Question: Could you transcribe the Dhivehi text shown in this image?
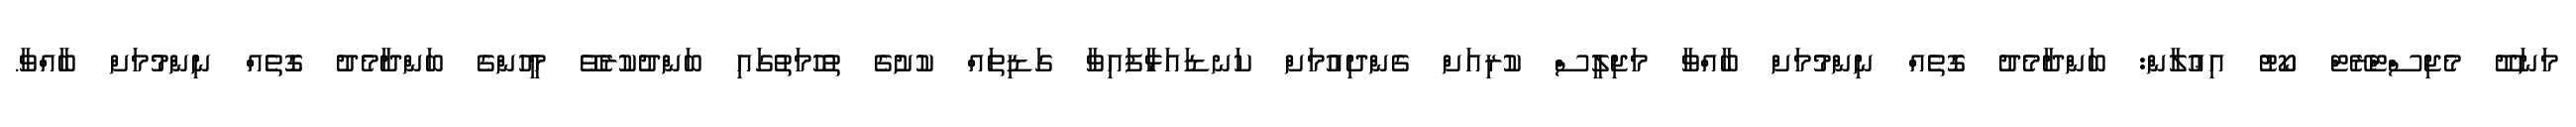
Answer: މަނަދޫ މެޖިސްޓްރޭޓް ކޯޓު އިޢުލާން: ބަންދާމެދު ގޮތެއް ނިންމުމަށް ބާއްވާ މަޖިލީސް ކުރިއަށް ގެންދިއުމަށް ކަނޑައަޅާފައިވާ ގަޑިތައް ކުށުގެ ތުހުމަތުގައި ބަންދުކުރެވޭ މީހުންގެ ބަންދާމެދު ގޮތެއް ނިންމުމަށް ބާއްވާ.